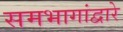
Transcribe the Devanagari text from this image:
समभागांद्वारे